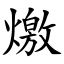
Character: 燩